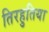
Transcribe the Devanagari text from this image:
तिरहुतिया